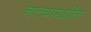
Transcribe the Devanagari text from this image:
नात्यांमधील